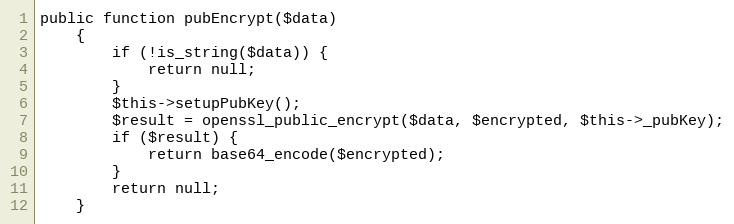
Language: PHP
public function pubEncrypt($data)
    {
        if (!is_string($data)) {
            return null;
        }
        $this->setupPubKey();
        $result = openssl_public_encrypt($data, $encrypted, $this->_pubKey);
        if ($result) {
            return base64_encode($encrypted);
        }
        return null;
    }